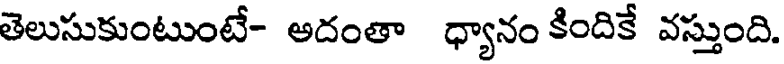
తెలుసుకుంటుంటే- అదంతా ధ్యానం కిందికే వస్తుంది.